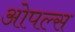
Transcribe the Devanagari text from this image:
ओपल्स